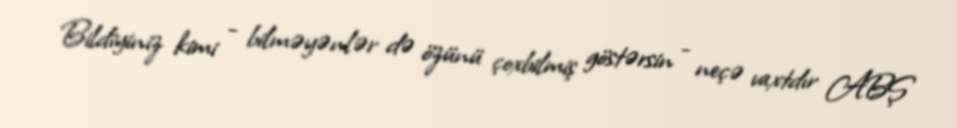
Bildiyiniz kimi - bilməyənlər də özünü çoxbilmiş göstərsin - neçə vaxtdır ABŞ